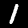
Label: 1